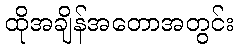
ထိုအချိန်အတောအတွင်း